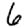
Digit: 6